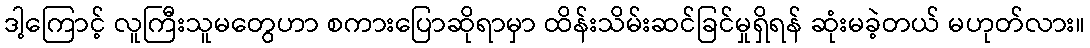
ဒါ့ကြောင့် လူကြီးသူမတွေဟာ စကားပြောဆိုရာမှာ ထိန်းသိမ်းဆင်ခြင်မှုရှိရန် ဆုံးမခဲ့တယ် မဟုတ်လား။